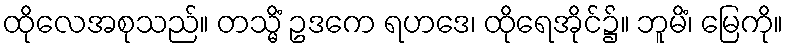
ထိုလေအစုသည်။ တသ္မိံ ဥဒကေ ရဟဒေ၊ ထိုရေအိုင်၌။ ဘူမိံ၊ မြေကို။